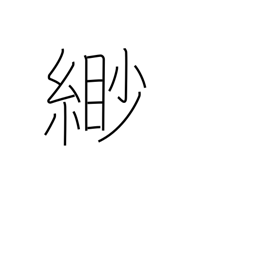
Meaning: faint